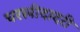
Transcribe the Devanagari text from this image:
चरखीदादरी